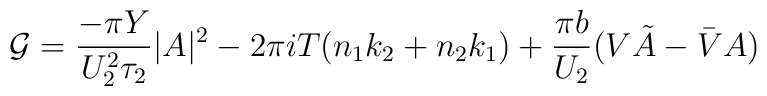
{\cal G} = \frac{-\pi Y}{U_2^2 \tau_2} |A|^2              -2\pi iT(n_1k_2+n_2k_1)              +\frac{\pi b}{U_2} (V\tilde{A}-\bar{V}A)